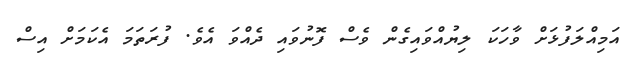
އަމިއްލަފުޅަށް ވާހަކަ ލިޔުއްވައިގެން ވެސް ފޮނުވައި ދެއްވަ އެވެ. ފުރަތަމަ އެކަމަށް އިސް